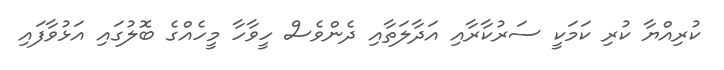
ކުރިއްޔާ ކުރި ކަމަކީ ސަރުކާރާއި އަދާލަތާއި ދެންވެސް ހީވާހާ މީހެއްގެ ބޮލުގައި އަޅުވާފައި